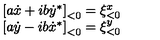
\begin{array} { c } { { [ } a \dot { x } + i b \dot { y } ^ { * } { ] } _ { < 0 } = \xi _ { < 0 } ^ { x } } \\ { { [ } a \dot { y } - i b \dot { x } ^ { * } { ] } _ { < 0 } = \xi _ { < 0 } ^ { y } } \\ \end{array}